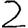
Digit: 2